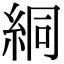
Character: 絧